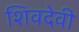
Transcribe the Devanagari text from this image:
शिवदेवी